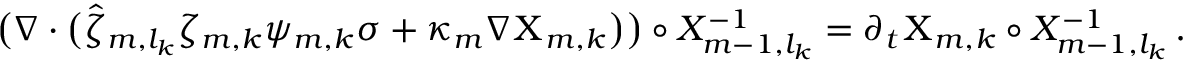
\begin{array} { r } { \bigl ( \nabla \cdot \bigl ( \hat { \zeta } _ { m , l _ { k } } \zeta _ { m , k } { \psi } _ { m , k } \sigma + \kappa _ { m } \nabla { \Chi } _ { m , k } \bigr ) \bigr ) \circ X _ { m - 1 , l _ { k } } ^ { - 1 } = \partial _ { t } { \Chi } _ { m , k } \circ X _ { m - 1 , l _ { k } } ^ { - 1 } \, . } \end{array}